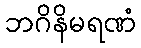
ဘဂိနိမရဏံ